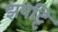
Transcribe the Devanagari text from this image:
झपट्टि